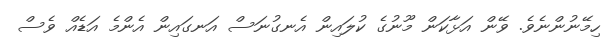
ހިމޭނުންނެވެ. ވޭން އަޅާކަން މޫނުގެ ކުލައިން އެނގުނަސް އަނގައިން އެންމެ އަޑެއް ވެސް